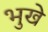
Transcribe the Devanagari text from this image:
भुखे